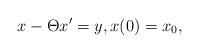
LaTeX: \begin{align*}x-\Theta x' =y, x(0)=x_0,\end{align*}